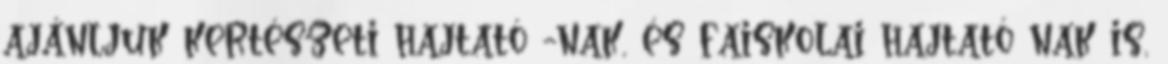
ajánljuk kertészeti hajtató -nak, és faiskolai hajtató nak is,